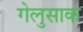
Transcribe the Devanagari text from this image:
गेलुसाक